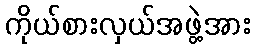
ကိုယ်စားလှယ်အဖွဲ့အား